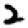
Digit: 2